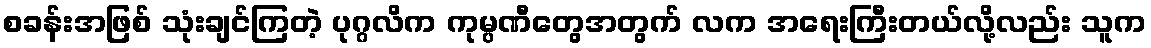
စခန်းအဖြစ် သုံးချင်ကြတဲ့ ပုဂ္ဂလိက ကုမ္ပဏီတွေအတွက် လက အရေးကြီးတယ်လို့လည်း သူက